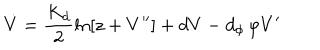
\dot { V } = \frac { K _ { d } } { 2 } \ln \left[ z + V ^ { \prime \prime } \right] + d V - d _ { \phi } \, \varphi V ^ { \prime }